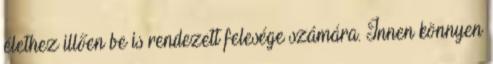
élethez illően be is rendezett felesége számára. Innen könnyen